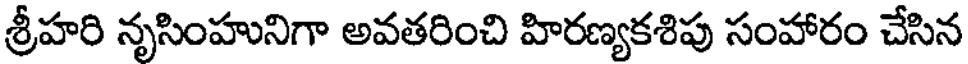
శ్రీహరి నృసింహునిగా అవతరించి హిరణ్యకశిపు సంహారం చేసిన